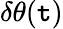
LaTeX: \delta\theta(\mathtt{t})